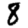
Digit: 8